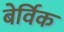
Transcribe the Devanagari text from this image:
बेर्विक